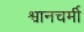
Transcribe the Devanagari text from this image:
श्वानचर्मी